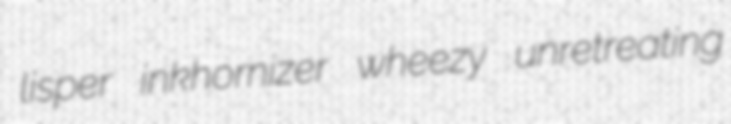
lisper inkhornizer wheezy unretreating